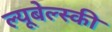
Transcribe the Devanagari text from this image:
ल्यूबेल्स्की